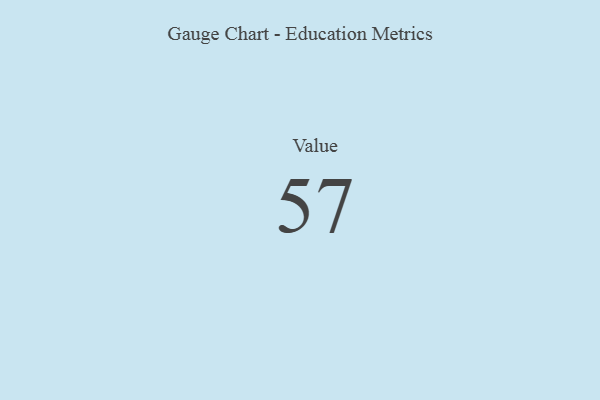
{"axis": {"x": "Metric", "y": "Value"}, "legend": [""], "data": [{"x": "Value", "y": 57, "type": ""}]}